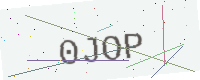
Text: 0JOP